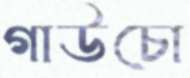
গাউচো